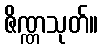
ဇိဏ္ဏသုတ်။